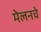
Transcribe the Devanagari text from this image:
मेलनचे